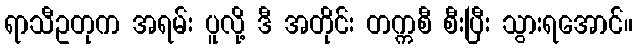
ရာသီဥတုက အရမ်း ပူလို့ ဒီ အတိုင်း တက္ကစီ စီးပြီး သွားရအောင်။